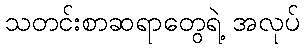
သတင်းစာဆရာတွေရဲ့ အလုပ်